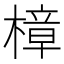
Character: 樟